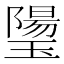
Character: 𰢒